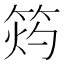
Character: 𥭓